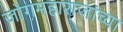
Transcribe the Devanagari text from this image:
जोगमहाराजांच्या